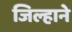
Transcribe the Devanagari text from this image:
जिल्हाने